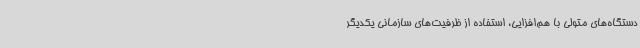
دستگاه‌های متولی با هم‌افزایی، استفاده از ظرفیت‌های سازمانی یکدیگر